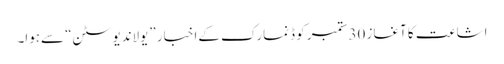
اشاعت کا آغاز 30ستمبر کو ڈنمارک کےاخبار ”یولاندیوسٹن“ سےہوا۔